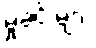
မှုခင်းများ